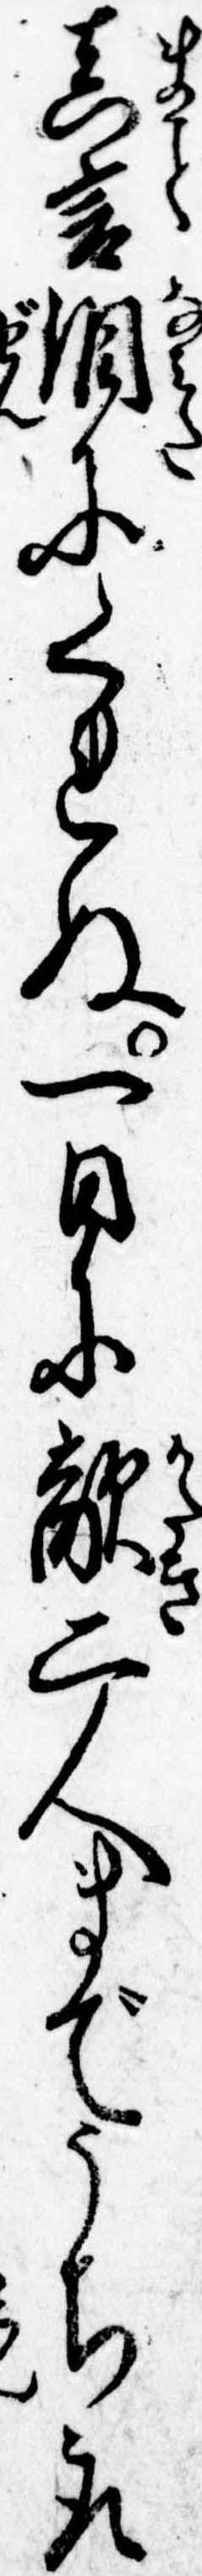
真言涙にくれぬ一日に敵二人までうち取